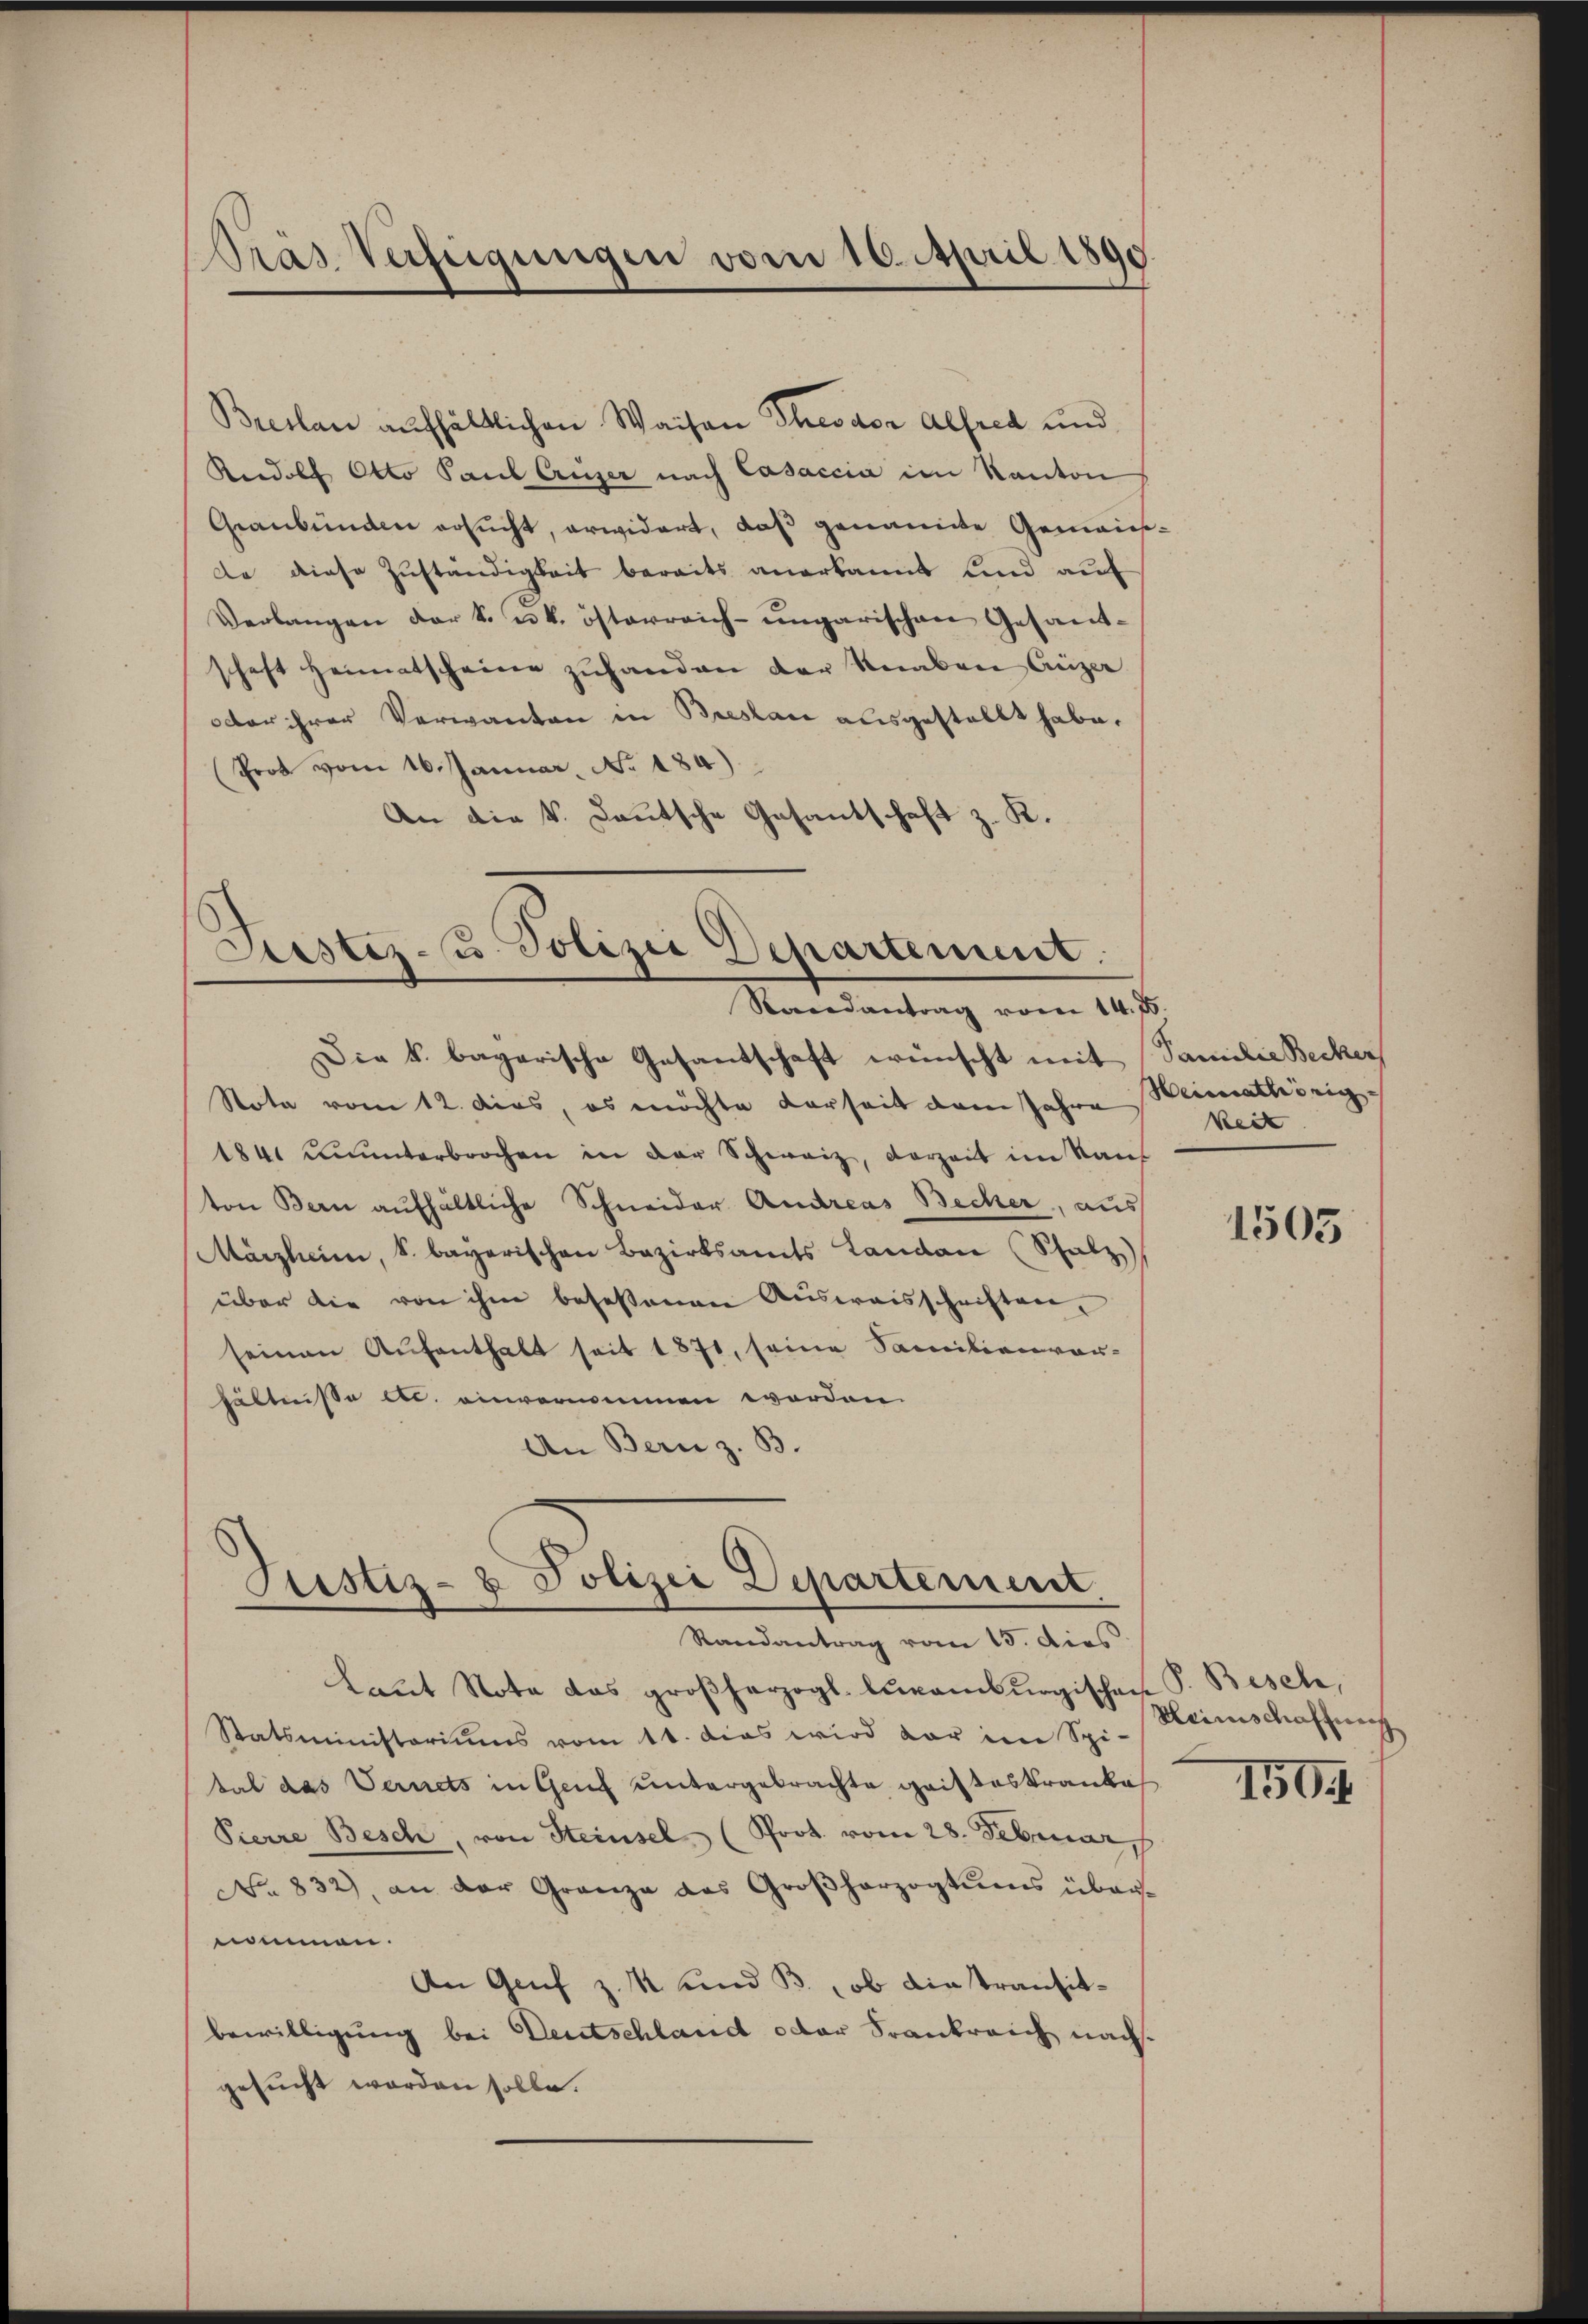
Pras Verfügungen vom 10. April 1890.

Breslau aufhältlichen Waiser Theodor Alfred und
Rudolf Otto Paul Eriner nach Casaccia im Kanton
Graubünden ersucht, erwidert, daß genannte Gemeinde diese Zuständigkeit bereits anerkannt und auf
Verlangen der k. u. k. österreich-ungarischen Gesandschaft heimatscheine zŭhanden der Knaben Anze
oder ihrer Verwanden in Breslau ausgestellt habe.
Prot vom 16. Januar. No. 184)
An die k. Lautsche Gesantschaft z. K.

Liester u. Polizei Departement.
Raandantrag vom 14. 85.

Justiz- & Polizei Departement.
Randantrag vom 15. dies.

Die k. bagarische Gesantschaft wünscht mit Familie Becker
Note vom 12. dies, es möchte Vorseit dem Jahre Heimathörig¬
1841 ununterbrochen in der Schweiz, vorzeit im Raus
ton Bern aufhältliche Schneider Andreas Becher, aus
Märzheim, S. bayerischen Bezirksamts Landau (Schatz
über die von ihm beseßenen Aŭsweisschriften,
seinen Aufenthalt seit 1871, seine Familienvor-
hältnisse etc. einvernommen worden.
An Bern z. B.

keit

Laŭt Nota das großherzogl. luxamburgischen P. Besche,
Statsministeriums vom 11. dies wird dar im Spi-
tal das Vernets in Genf untergebrachte gaisteskranke
Pierre Besch, von Steinsel (Prot. vom 28. Februar
No 832), an der Granze des Großherzogtŭms über-
nommen.
An Genf z. R. und B., ob die transitbewilligung bei Deutschland oder Frankreich nachgesucht worden solle.

1505

Kleinschaffung

150